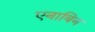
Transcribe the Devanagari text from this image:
एनाबिन